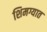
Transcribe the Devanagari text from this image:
शिमग्यात